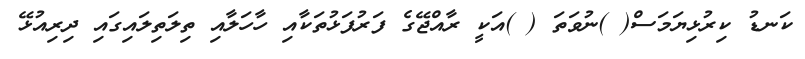
ކަނޑު ކިރުޅިޔަމަސް( )ނުވަތަ ( )އަކީ ރާއްޖޭގެ ފަރުފަޅުތަކާއި ހާހަލާއި ތިލަތިލައިގައި ދިރިއުޅޭ